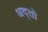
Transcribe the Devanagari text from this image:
अद्तो